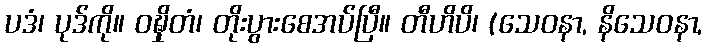
ပဒံ၊ ပုဒ်ကို။ ဝဍ္ဎှိတံ၊ တိုးပွားစေအပ်ပြီ။ တီဟိပိ၊ (သေဝနာ, နိသေဝနာ,